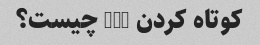
کوتاه کردن URL چیست؟